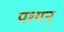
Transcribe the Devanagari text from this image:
पश्यन्